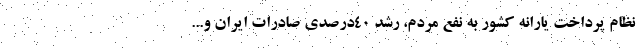
نظام پرداخت یارانه‌ کشور به نفع مردم، رشد ۴۰درصدی صادرات ایران و...